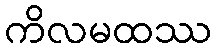
ကိလမထဿ